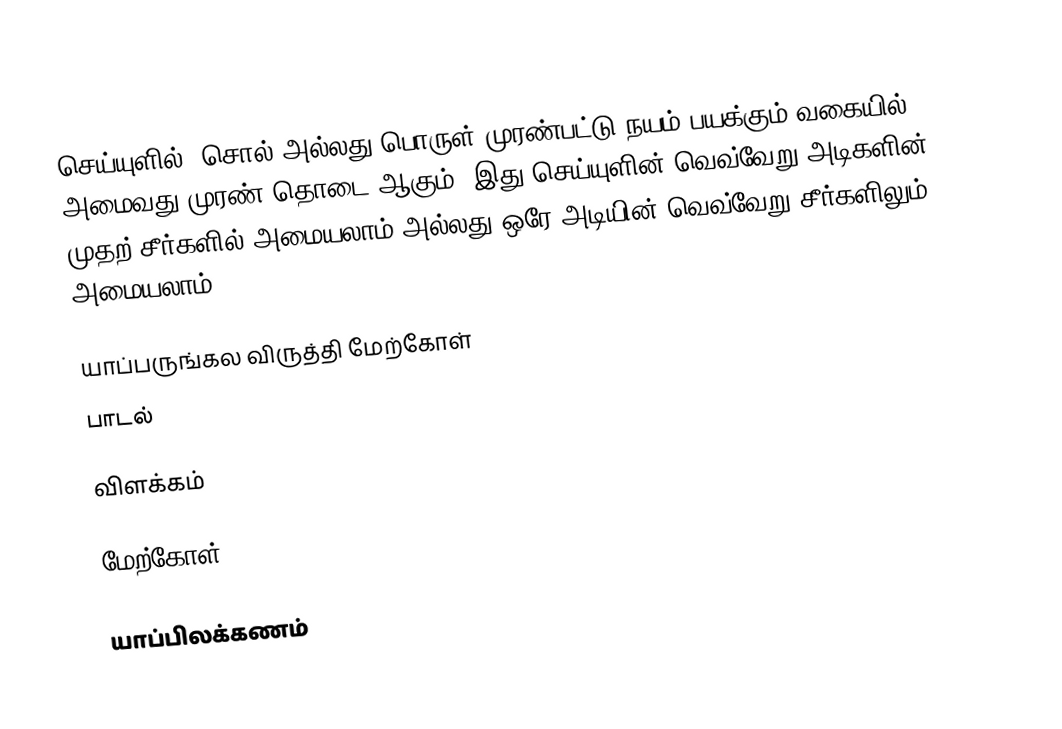
செய்யுளில், சொல் அல்லது பொருள் முரண்பட்டு நயம் பயக்கும் வகையில் அமைவது முரண் தொடை ஆகும். இது செய்யுளின் வெவ்வேறு அடிகளின் முதற் சீர்களில் அமையலாம் அல்லது ஒரே அடியின் வெவ்வேறு சீர்களிலும் அமையலாம்.

யாப்பருங்கல விருத்தி மேற்கோள்
பாடல்

விளக்கம்

மேற்கோள்

யாப்பிலக்கணம்